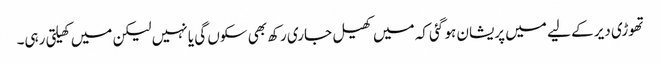
تھوڑی دیر کے لیے میں پریشان ہو گئی کہ میں کھیل جاری رکھ بھی سکوں گی یا نہیں لیکن میں کھیلتی رہی۔